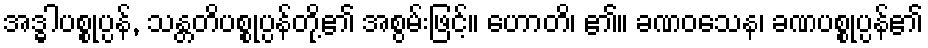
အဒ္ဓါပစ္စုပ္ပန်, သန္တတိပစ္စုပ္ပန်တို့၏ အစွမ်းဖြင့်။ ဟောတိ၊ ၏။ ခဏဝသေန၊ ခဏပစ္စုပ္ပန်၏